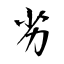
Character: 劣